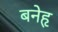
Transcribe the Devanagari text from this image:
बनेहृ